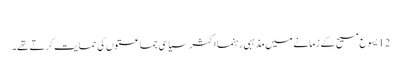
‏
12 یسوع مسیح کے زمانے میں مذہبی رہنما اکثر سیاسی جماعتوں کی حمایت کرتے تھے۔